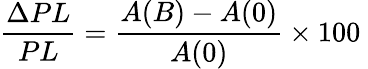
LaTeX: \frac{\Delta PL}{PL}=\frac{A(B)-A(0)}{A(0)}\times 100\